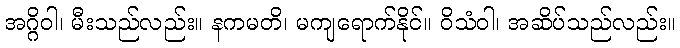
အဂ္ဂိဝါ၊ မီးသည်လည်း။ နကမတိ၊ မကျရောက်နိုင်။ ဝိသံဝါ၊ အဆိပ်သည်လည်း။